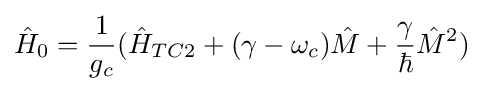
{\hat {H}}_{0}={\frac {1}{g_{c}}}({\hat {H}}_{TC2}+(\gamma -\omega _{c}){\hat {M}}+{\frac {\gamma }{\hbar }}{\hat {M}}^{2})